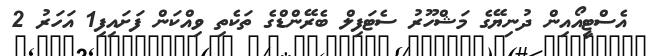
އެސްޓީއޯއިން ދުނިޔޭގެ މަޝްހޫރު ސެޓަފިލް ބެރޭންޑްގެ ތަކެތި ވިއްކަން ފަށައިފި1 އަހަރު 2